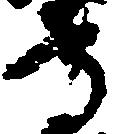
守